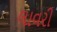
લાવરી